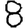
Digit: 8